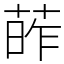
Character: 葃